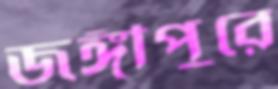
জঙ্গীপুরে